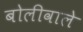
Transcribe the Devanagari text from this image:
बोलीवाले